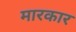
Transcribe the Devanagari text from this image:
मारकार